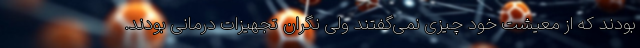
بودند که از معیشت خود چیزی نمی‌گفتند ولی نگران تجهیزات درمانی بودند.